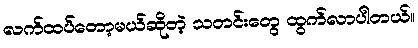
လက်ထပ်တော့မယ်ဆိုတဲ့ သတင်းတွေ ထွက်လာပါတယ်။